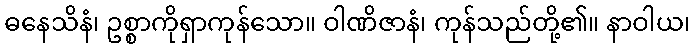
ဓနေသိနံ၊ ဥစ္စာကိုရှာကုန်သော။ ဝါဏိဇာနံ၊ ကုန်သည်တို့၏။ နာဝါယ၊